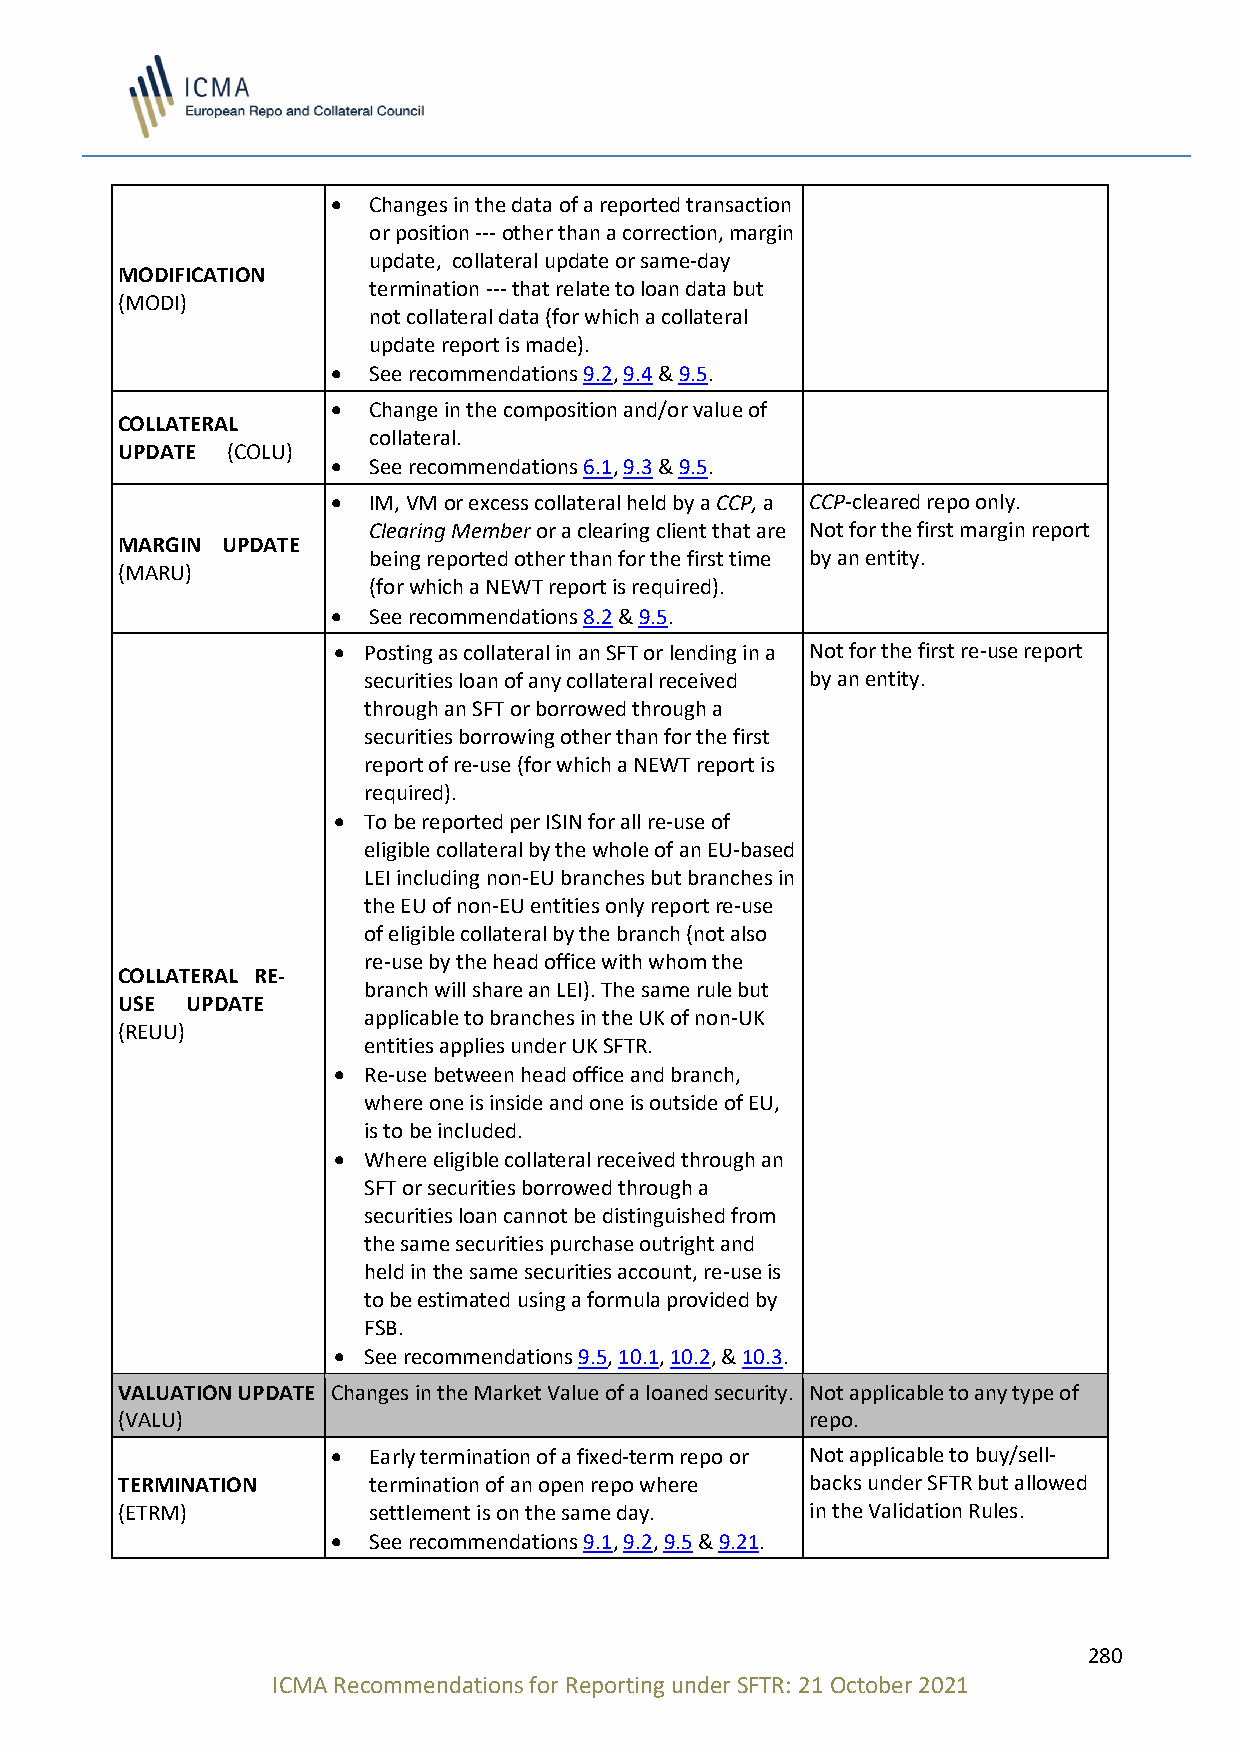
• Changes in the data of a reported transaction
 or position --- other than a correction, margin
 update, collateral update or same-day
 MODIFICATION
 termination --- that relate to loan data but
 (MODI)
 not collateral data (for which a collateral
 update report is made).
 • See recommendations 9.2, 9.4 & 9.5.
 • Change in the composition and/or value of
 COLLATERAL
 collateral.
 UPDATE (COLU)
 • See recommendations 6.1, 9.3 & 9.5.
 • IM, VM or excess collateral held by a CCP, a CCP-cleared repo only.
 Clearing Member or a clearing client that are Not for the first margin report
 MARGIN UPDATE
 being reported other than for the first time by an entity.
 (MARU)
 (for which a NEWT report is required).
 • See recommendations 8.2 & 9.5.
 • Posting as collateral in an SFT or lending in a Not for the first re-use report
 securities loan of any collateral received by an entity.
 through an SFT or borrowed through a
 securities borrowing other than for the first
 report of re-use (for which a NEWT report is
 required).
 • To be reported per ISIN for all re-use of
 eligible collateral by the whole of an EU-based
 LEI including non-EU branches but branches in
 the EU of non-EU entities only report re-use
 of eligible collateral by the branch (not also
 re-use by the head office with whom the
 COLLATERAL RE-
 branch will share an LEI). The same rule but
 USE UPDATE
 applicable to branches in the UK of non-UK
 (REUU)
 entities applies under UK SFTR.
 • Re-use between head office and branch,
 where one is inside and one is outside of EU,
 is to be included.
 • Where eligible collateral received through an
 SFT or securities borrowed through a
 securities loan cannot be distinguished from
 the same securities purchase outright and
 held in the same securities account, re-use is
 to be estimated using a formula provided by
 FSB.
 • See recommendations 9.5, 10.1, 10.2, & 10.3.
 VALUATION UPDATE C h anges in the Market Value of a loaned security. Not applicable to any type of
 (VALU)                                        repo.
 • Early termination of a fixed-term repo or Not applicable to buy/sell-
 TERMINATION     termination of an open repo where backs under SFTR but allowed
 (ETRM)          settlement is on the same day. in the Validation Rules.
 • See recommendations 9.1, 9.2, 9.5 & 9.21.
 280
 ICMA Recommendations for Reporting under SFTR: 21 October 2021